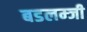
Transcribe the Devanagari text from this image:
बडलम्जी